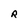
Character: R